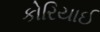
કોરિયાઈ